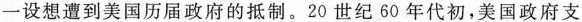
一设想遭到美国历届政府的抵制。20世纪60年代初，美国政府支